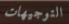
التوجيهات